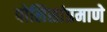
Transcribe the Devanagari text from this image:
पोलिसांप्रमाणे